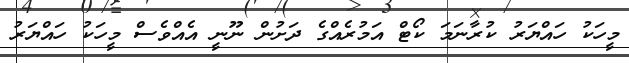
މީހަކު ހައްޔަރު ކުރާނަމަ ކޯޓް އަމުރެއްގެ ދަށުން ނޫނީ އެއްވެސް މީހަކު ހައްޔަރު